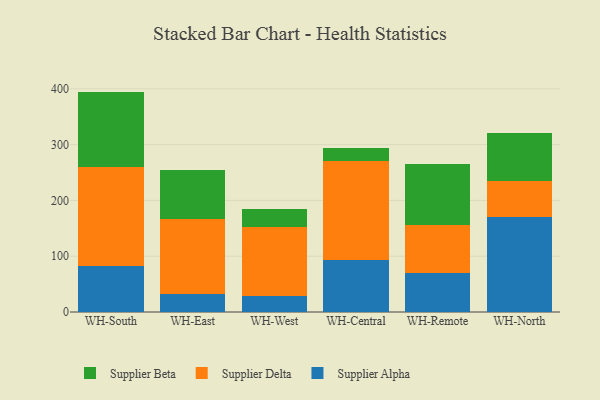
{"axis": {"x": "Warehouse", "y": "Latency (ms)"}, "legend": ["Supplier Alpha", "Supplier Beta", "Supplier Delta"], "data": [{"x": "WH-South", "y": 82.9, "type": "Supplier Alpha"}, {"x": "WH-South", "y": 177.3, "type": "Supplier Delta"}, {"x": "WH-South", "y": 134.8, "type": "Supplier Beta"}, {"x": "WH-East", "y": 32.6, "type": "Supplier Alpha"}, {"x": "WH-East", "y": 134.4, "type": "Supplier Delta"}, {"x": "WH-East", "y": 88.2, "type": "Supplier Beta"}, {"x": "WH-West", "y": 28.9, "type": "Supplier Alpha"}, {"x": "WH-West", "y": 123.4, "type": "Supplier Delta"}, {"x": "WH-West", "y": 32.0, "type": "Supplier Beta"}, {"x": "WH-Central", "y": 93.2, "type": "Supplier Alpha"}, {"x": "WH-Central", "y": 176.9, "type": "Supplier Delta"}, {"x": "WH-Central", "y": 24.2, "type": "Supplier Beta"}, {"x": "WH-Remote", "y": 69.3, "type": "Supplier Alpha"}, {"x": "WH-Remote", "y": 86.2, "type": "Supplier Delta"}, {"x": "WH-Remote", "y": 110.1, "type": "Supplier Beta"}, {"x": "WH-North", "y": 170.2, "type": "Supplier Alpha"}, {"x": "WH-North", "y": 63.8, "type": "Supplier Delta"}, {"x": "WH-North", "y": 86.3, "type": "Supplier Beta"}]}